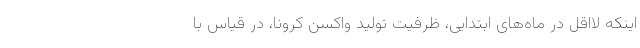
اینکه لااقل در ماه‌های ابتدایی، ظرفیت تولید واکسن کرونا، در قیاس با